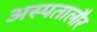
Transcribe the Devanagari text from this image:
अस्पतालौर